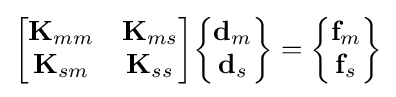
{\begin{bmatrix}\mathbf {K} _{mm}&\mathbf {K} _{ms}\\\mathbf {K} _{sm}&\mathbf {K} _{ss}\end{bmatrix}}{\begin{Bmatrix}\mathbf {d} _{m}\\\mathbf {d} _{s}\end{Bmatrix}}={\begin{Bmatrix}\mathbf {f} _{m}\\\mathbf {f} _{s}\end{Bmatrix}}